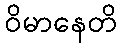
ဝိမာနေတိ